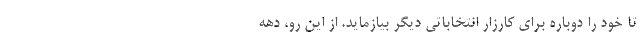
تا خود را دوباره برای کارزار انتخاباتی دیگر بیازماید. از این رو، دهه